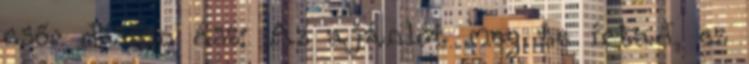
csőr dzsinn ész: Az ajánlót meg te írtad, ez